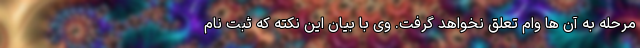
مرحله به آن ها وام تعلق نخواهد گرفت. وی با بیان این نکته که ثبت نام